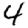
Digit: 4